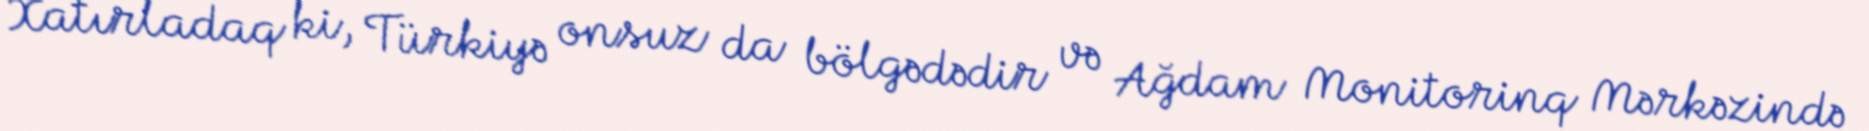
Xatırladaq ki, Türkiyə onsuz da bölgədədir və Ağdam Monitorinq Mərkəzində